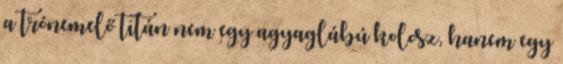
a trónemelő titán nem egy agyaglábú kolosz, hanem egy